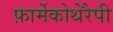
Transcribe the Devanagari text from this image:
फ़ार्मेकोथेरैपी